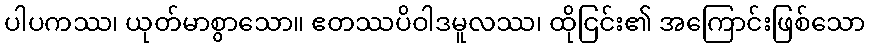
ပါပကဿ၊ ယုတ်မာစွာသော။ ဧတဿပိဝါဒမူလဿ၊ ထိုငြင်း၏ အကြောင်းဖြစ်သော